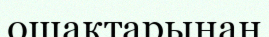
ошақтарынан